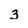
Character: 3